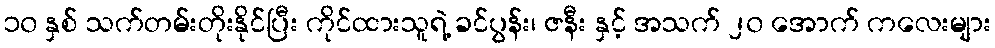
၁၀ နှစ် သက်တမ်းတိုးနိုင်ပြီး ကိုင်ထားသူရဲ့ ခင်ပွန်း၊ ဇနီး နှင့် အသက် ၂၀ အောက် ကလေးများ